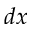
d x